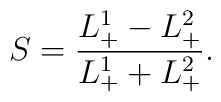
S= {L^1_+ -  L^2_+ \over L^1_+ +  L^2_+}.